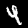
Digit: 4